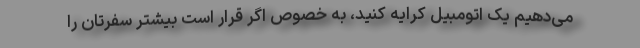
می‌دهیم یک اتومبیل کرایه کنید، به خصوص اگر قرار است بیشتر سفرتان را